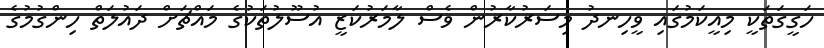
ހަގީގަތަކީ މިއީކަމުގައި ވީހިނދު މިސަރުކާރުން ވެސް ލާމަރުކަޒީ އުސޫލުތަކުގެ މައްޗަށް ދައުލަތް ހިންގުމުގެ